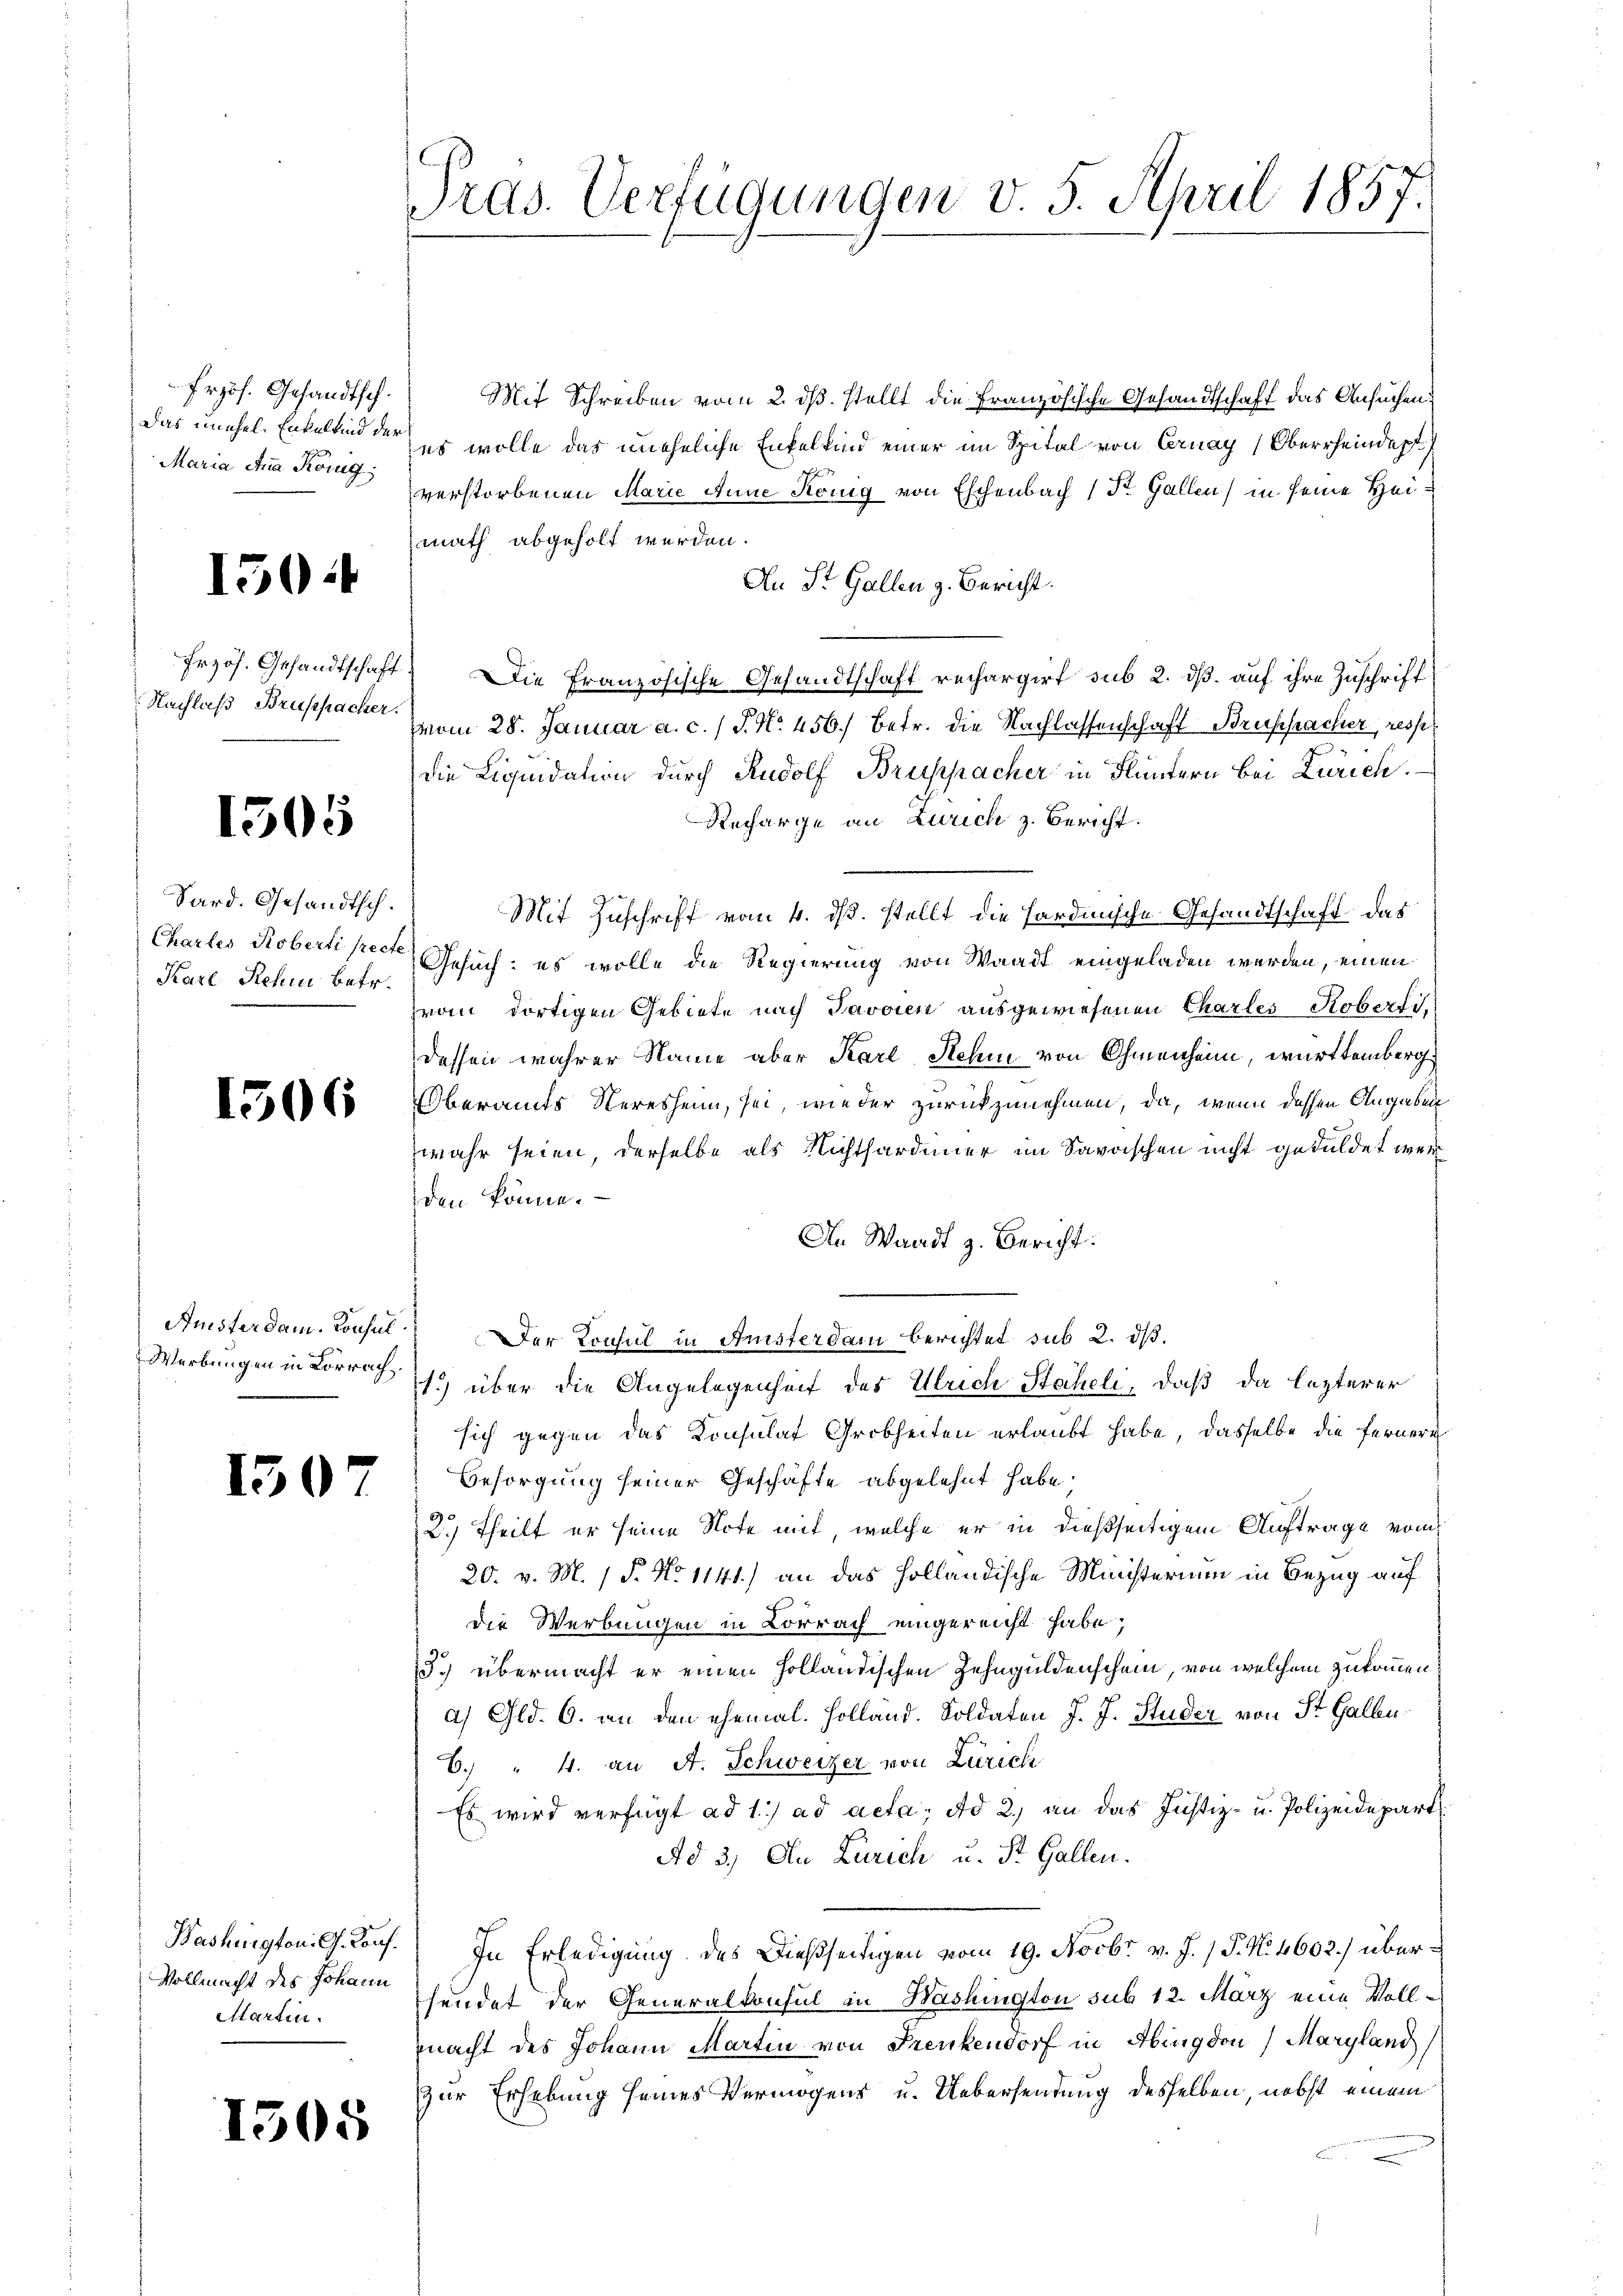
Frzös. Gesandtsch.
Das unehel. Enkelkind der
Maria Anna König,

150

Erzös. Gesandtschaft
Nachlaß Brusspacher

1505

Sard. Gesandtsch.
Chartes Roberti precte
Karl Rehn betr.

1306

Werbungen in Lörrach

1507

Bashington. G. Konf.
Vollmacht des Johann
Startin.

1505

Pras. Verfügungen v. 5. April 1857
1

Mit Schreiben vom 2. ds. stellt die Französische Gesandtschaft das Ansuchen
es wolle das uneheliche Enkelkind einer im Spital von Ernay (Oberrheindept
verstorbenen Marie Anne König von Eschenbach (St. Gallen) in seine Heimath abgeholt werden.
An St. Gallen z. Bericht.
 Die Französische Gesandtschaft rechargirt sub 2. ds. auf ihre Zuschrift
vom 28. Januar a. c. / P. No 456.) Betr. die Nachlassenschaft Bruspacher, resser
die Liquidation durch Rudolf Bruppacher in Fluntern bei Zürich.
Recharge an Zürich z. Bericht
Mit Zuschrift vom 4. ds. stellt die Fardinische Gesandtschaft das
Gesuch: es wolle die Regierung von Waadt eingeladen werden, einen
Frau dortigen Gebiete nach Javoren ausgewiesenen Chartes Koberfidessen wahrer Name aber Karl Stehen von Omenheim, württemberg
Oberamts Seresheim, sei, wie der zurückzunehmen, da, wenn dessen Angaben
wahr seien, derselbe als Nichthardiner im Savoischen nicht geduldet weriden könne. —
In Waadt z. Bericht.
Amsterdam. Konsul Der Konsul in Ansterdam berichtet sub 2. dß.
1) über die Angelegenheit des Ulrich Staheli, daß da lezterer
sich gegen das Konsulat Grobheiten erlaubt habe, dasselbe die Fernere
Besorgung seiner Geschäfte abgelehnt habe.
2.) Theilt er seine Note mit, welche er in dießseitigem Auftrage vom
20. v. M. 1 S. No 1141) an das Holländische Ministerium in Bezug auf
die Werbungen in Lörrach eingereicht habe;
3.) übermacht er einen Holländischen Zehnguldenschein, von welchem zukommen.
a) Gld. 6. an den ehemal. Holland. Soldaten J. J. Studer von St. Galbu¬
6.) " 4. an A. Schweizer von Zürich
Es wird verfügt ad 1. ad acta, ad 2., an das Justiz- u. Polizeidepart
Ad 3) An Larich u. St. Gallen.
In Erledigung des Dießseitigen vom 19. Novbr. v. J. P. No 4602) übersendet der Generalkonsul in Washington sub 12. März eine Vollmacht des Johann Martin von Frenkendorf in Abingdon) Maryland)
zur Erhebung seines Vermögens u. Uebersendung desselben, nebst einem